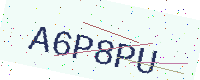
Text: A6P8PU